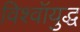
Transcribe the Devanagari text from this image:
विश्वॉयुद्ध